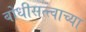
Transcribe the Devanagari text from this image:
बोधीसत्त्वाच्या